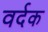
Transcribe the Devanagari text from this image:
वर्दक